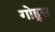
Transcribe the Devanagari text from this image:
गोह्स